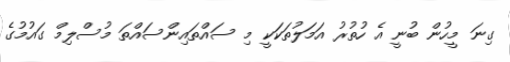
ގިނަ މީހުން ބުނީ އެ ހުތުރު އަމަލުތަކަކީ މި ސައްތައިންސައްތަ މުސްލިމް ގައުމުގެ